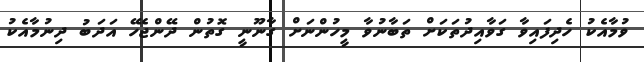
ވުމާއެކު ހެދިފައިވާ ގަވާއިދުތަކަށް ތަބާނުވާ މީހުންނަށް ގާނޫނީ ގޮތުން ދޭންޖެހޭ އަދަބު ދިނުމާއެކު